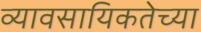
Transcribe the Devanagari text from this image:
व्यावसायिकतेच्या